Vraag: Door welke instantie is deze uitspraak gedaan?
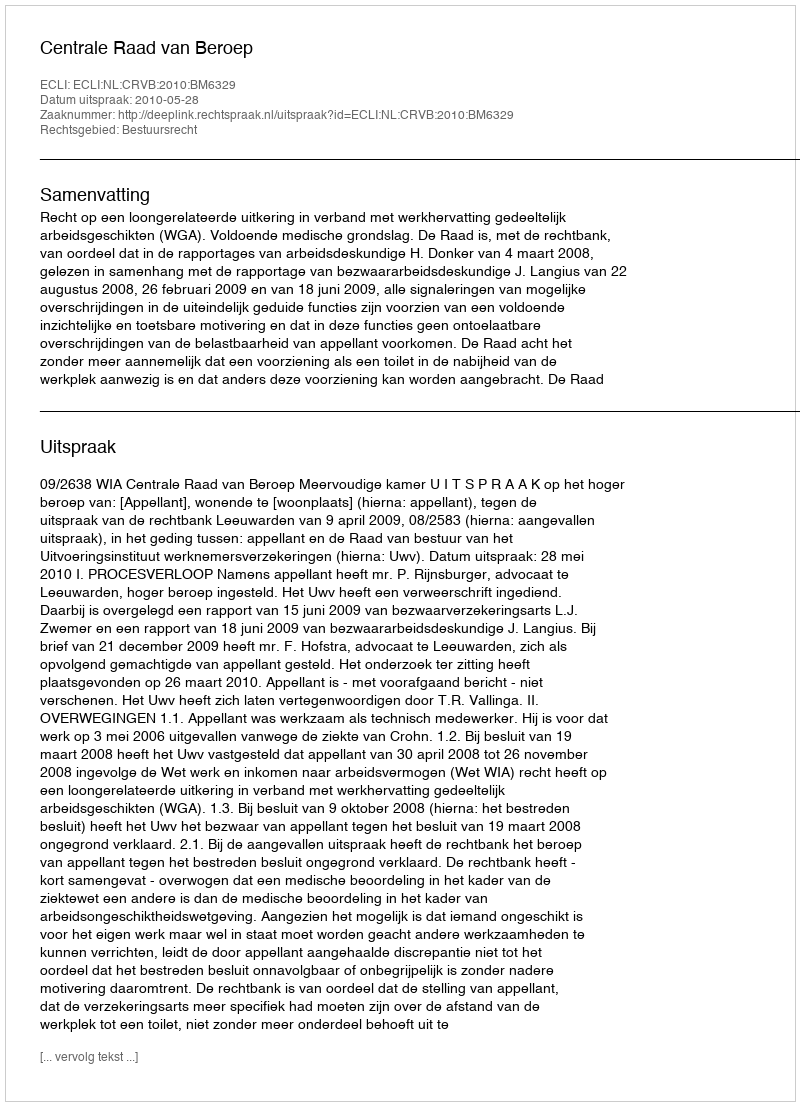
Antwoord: Centrale Raad van Beroep